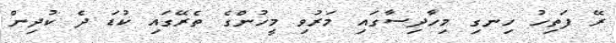
ރޭ ފަތިހު ހިނގި މިހާދިސާގައި މަރުވި މީހުންގެ ތެރޭގައި ކުޑަ ދެ ކުދިން